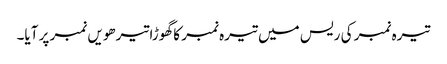
تیرہ نمبر کی ریس میں تیرہ نمبر کا گھوڑا تیرھویں نمبر پر آیا۔